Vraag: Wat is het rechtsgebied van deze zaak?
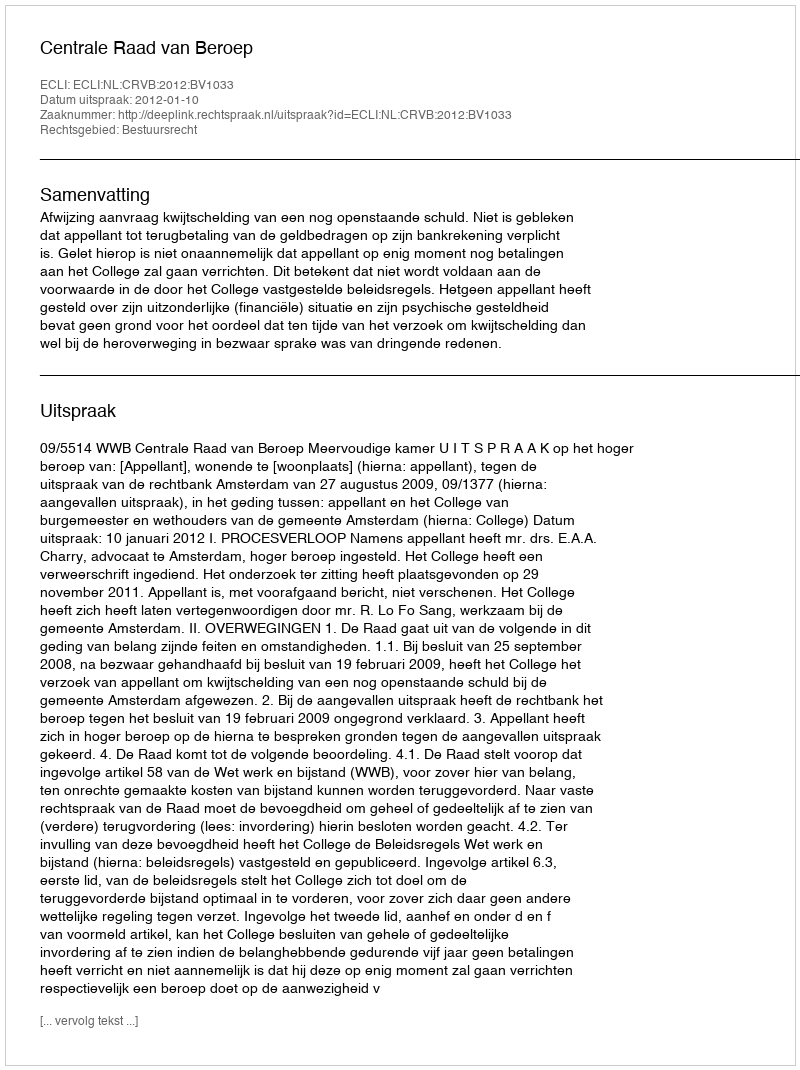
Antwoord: Bestuursrecht